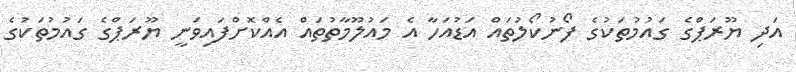
އަދި ޔޫރަޕްގެ ގައުމުތަކުގެ ފޯނުކޯލުތައް އަޑުއަހާ އެ މައުލޫމާތުތައް އެއްކޮށްފައިވަނީ ޔޫރަޕްގެ ގައުމުތަކުގެ